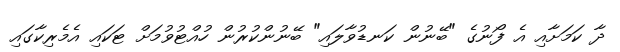
ދާ ކަމަށާއި އެ ފޯނުގެ "ބޭނުން ކަނޑުވާލައި" ބޭނުންކުރުން ހުއްޓުވުމަށް ޓަކައި އެމެރިކާގައި